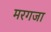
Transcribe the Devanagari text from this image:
मरगजा